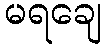
မရချေ